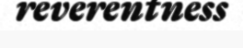
reverentness